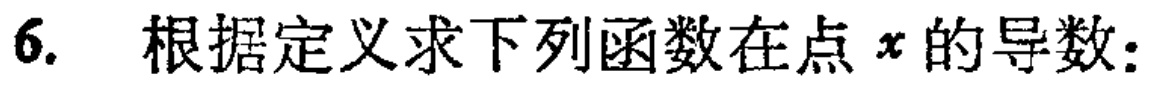
6. 根据定义求下列函数在点 \(x\) 的导数：